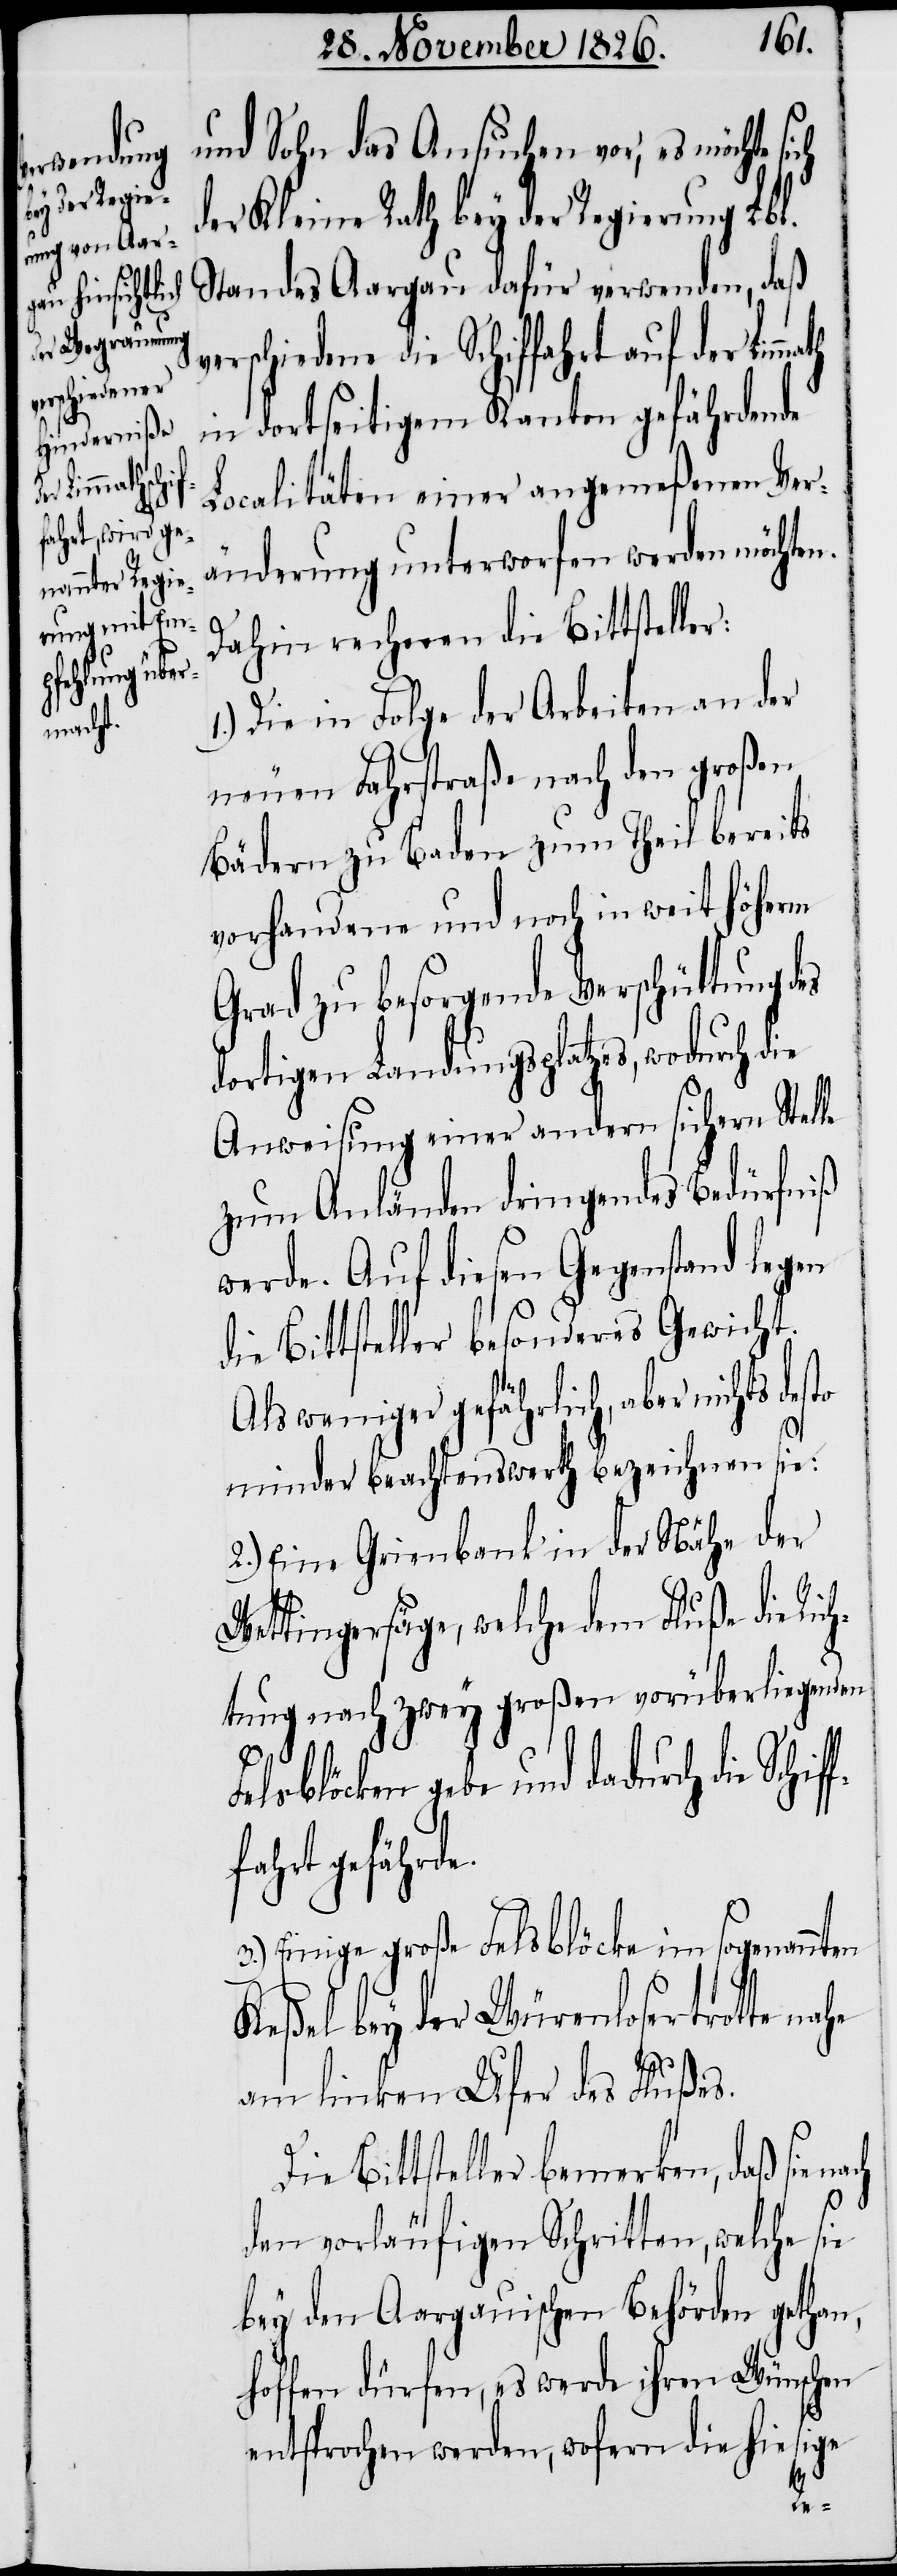
Limmath

und Sohn das Ansuchen vor, es möch¬
der Kleine Rath bey der Regierung Lbl.
Standes Aargau dafür verwenden, daß
verschiedene die Schiffahrt auf der
in dortseitigem Kanton gefährdende
Localitäten einer angemeßenen Ver¬
änderung unterworfen werden möchten.
Dahin rechnen die Bittsteller:
1.) Die in Folge der Arbeiten an der
neuen Fahrstraße nach den großen
Bädern zu Baden zum Theil bereits
vorhandene und noch in weit höherm
Grad zu besorgende Verschüttung
dortigen Landungsplatzes, wodurch die
Anweisung einer andern sichern Stelle
zum Anländen dringendes Bedürfniß
werde. Auf diesen Gegenstand legen
die Bittsteller besonderes Gewicht.
Als weniger gefährlich, aber nichts
minder beachtenswerth bezeichnen sie:
2.) Eine Grienbank in der Nähe der
Wettingersäge, welche dem Fluße die Ric¬
htung nach zwey großen vorüberliegenden
Felsblöcken gebe und dadurch die Schif¬
fahrt gefährde.
3.) Einige große Felsblöcke im sogenannten
Keßel bey der Würenlosertrotte na¬
he
am linken Ufer des Flußes.
Die Bittsteller bemerken, daß sie
den vorläufigen Schritten, welche sie
bey den Aargauischen Behörden gethan,
hoffen dürfen, es werde ihren Wünschen
entsprochen werden, wofern die hiesige
f¬